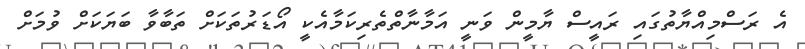
އެ ރަސްމިއްޔާތުގައި ރައީސް ޔާމީން ވަނީ އަމާނާތްތެރިކަމާއެކީ އޯޑަރުތަކަށް ތަބާވާ ބަޔަކަށް ވުމަށް